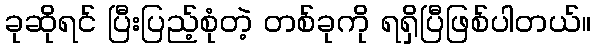
ခုဆိုရင် ပြီးပြည့်စုံတဲ့ တစ်ခုကို ရရှိပြီဖြစ်ပါတယ်။